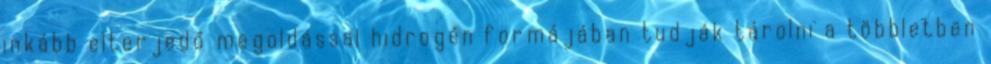
inkább elterjedő megoldással hidrogén formájában tudják tárolni a többletben